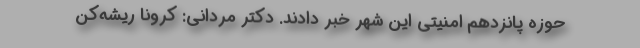
حوزه پانزدهم امنیتی این شهر خبر دادند. دکتر مردانی: کرونا ریشه‌کن